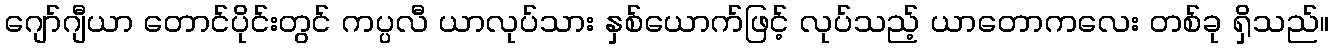
ဂျော်ဂျီယာ တောင်ပိုင်းတွင် ကပ္ပလီ ယာလုပ်သား နှစ်ယောက်ဖြင့် လုပ်သည့် ယာတောကလေး တစ်ခု ရှိသည်။